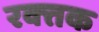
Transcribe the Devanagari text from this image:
रक्‍तक